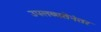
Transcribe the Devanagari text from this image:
उपलब्धतेनंतर